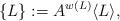
LaTeX: \begin{align*}\left \{ L \right \} : = A^{w(L)} \langle L \rangle ,\end{align*}